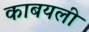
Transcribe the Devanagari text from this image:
काबयली